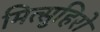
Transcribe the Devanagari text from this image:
मित्सुहिरो